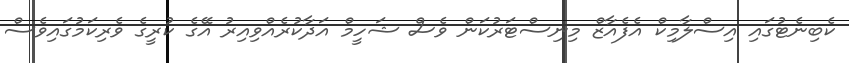
ކެބިނެޓުގައި އިސްލާމިކް އެފެއާޒް މިނިސްޓަރުކަން ވެސް ޝަހީމް އަދާކުރެއްވިއިރު އޭގެ ކުރީގެ ވެރިކަމުގައިވެސް